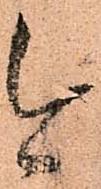
今